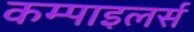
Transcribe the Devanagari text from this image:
कम्पाइलर्स